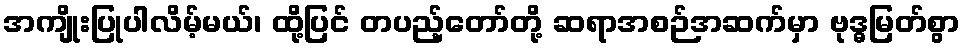
အကျိုးပြုပါလိမ့်မယ်၊ ထို့ပြင် တပည့်တော်တို့ ဆရာအစဉ်အဆက်မှာ ဗုဒ္ဓမြတ်စွာ